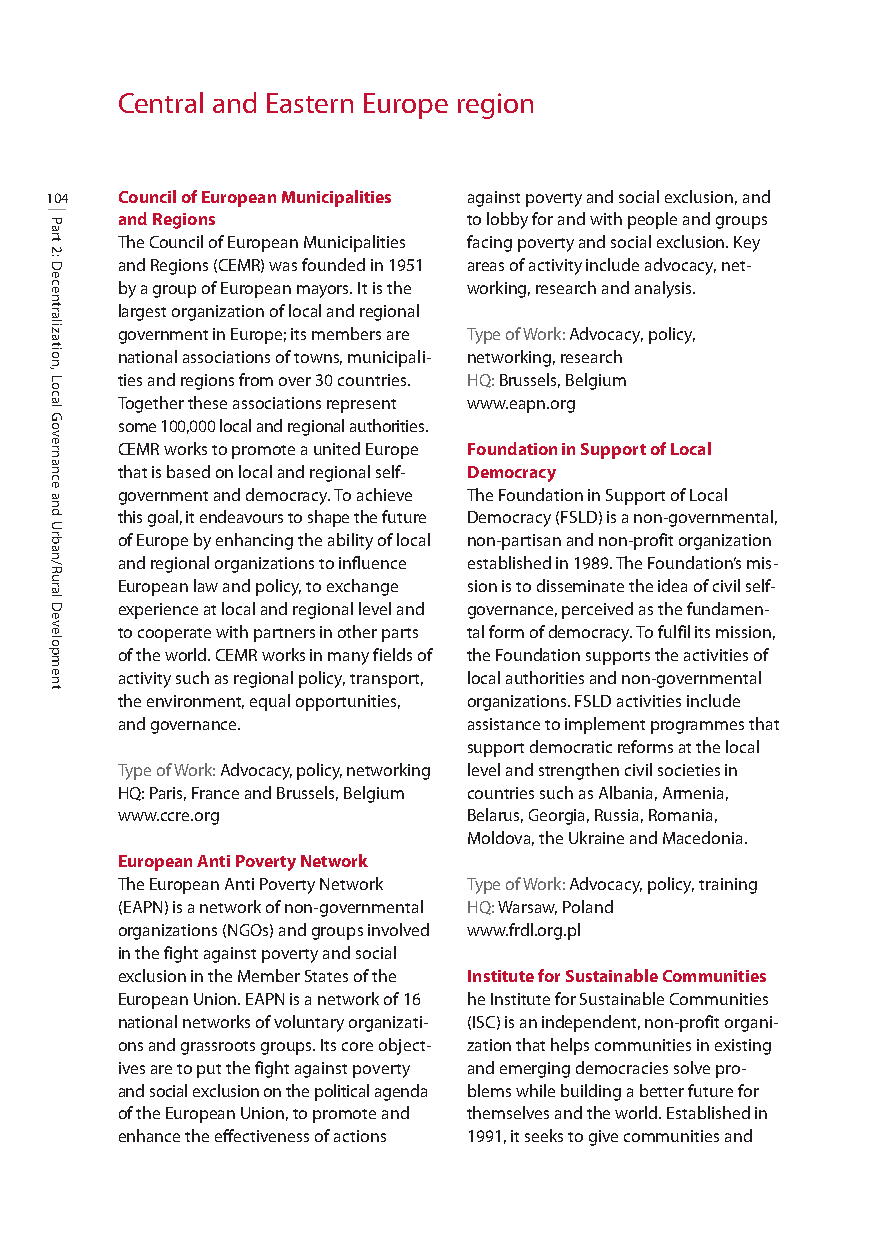
Central and Eastern Europe region
 104  Council of European Municipalities against poverty and social exclusion, and
 and Regions            to lobby for and with people and groups
 The Council of European Municipalities facing poverty and social exclusion. Key
 and Regions (CEMR) was founded in 1951 areas of activity include advocacy, net-
 by a group of European mayors. It is the working, research and analysis.
 largest organization of local and regional
 government in Europe; its members are Type ofWork:Advocacy, policy,
 national associations of towns, municipali- networking, research
 ties and regions from over 30 countries. HQ: Brussels, Belgium
 Together these associations represent www.eapn.org
 some 100,000 local and regional authorities.
 CEMR works to promote a united Europe Foundation in Support of Local
 that is based on local and regional self- Democracy
 government and democracy. To achieve The Foundation in Support of Local
 this goal, it endeavours to shape the future Democracy (FSLD) is a non-governmental,
 of Europe by enhancing the ability of local non-partisan and non-profit organization
 and regional organizations to influence established in 1989. The Foundation’s mis-
 European law and policy, to exchange sion is to disseminate the idea of civil self-
 experience at local and regional level and governance, perceived as the fundamen-
 to cooperate with partners in other parts tal form of democracy. To fulfil its mission,
 of the world. CEMR works in many fields of the Foundation supports the activities of
 activity such as regional policy, transport, local authorities and non-governmental
 the environment, equal opportunities, organizations. FSLD activities include
 and governance.        assistance to implement programmes that
 support democratic reforms at the local
 Type ofWork:Advocacy, policy, networking level and strengthen civil societies in
 HQ: Paris, France and Brussels, Belgium countries such as Albania, Armenia,
 www.ccre.org           Belarus, Georgia, Russia, Romania,
 Moldova, the Ukraine and Macedonia.
 European Anti Poverty Network
 The European Anti Poverty Network Type ofWork: Advocacy, policy, training
 (EAPN) is a network of non-governmental HQ: Warsaw, Poland
 organizations (NGOs) and groups involved www.frdl.org.pl
 in the fight against poverty and social
 exclusion in the Member States of the Institute for Sustainable Communities
 European Union. EAPN is a network of 16 he Institute for Sustainable Communities
 national networks of voluntary organizati- (ISC) is an independent, non-profit organi-
 ons and grassroots groups. Its core object- zation that helps communities in existing
 ives are to put the fight against poverty and emerging democracies solve pro-
 and social exclusion on the political agenda blems while building a better future for
 of the European Union, to promote and themselves and the world. Established in
 enhance the effectiveness of actions 1991, it seeks to give communities and
 Part
 2:
 Decentralization,
 Local
 Governance
 and
 Urban/Rural
 Development